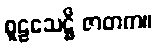
စူဠသေဋ္ဌိ ဇာတက။